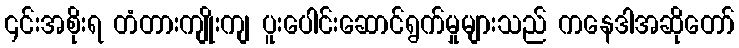
၎င်းအစိုးရ တံတားကျိုးကျ ပူးပေါင်းဆောင်ရွက်မှုများသည် ကနေဒါအဆိုတော်